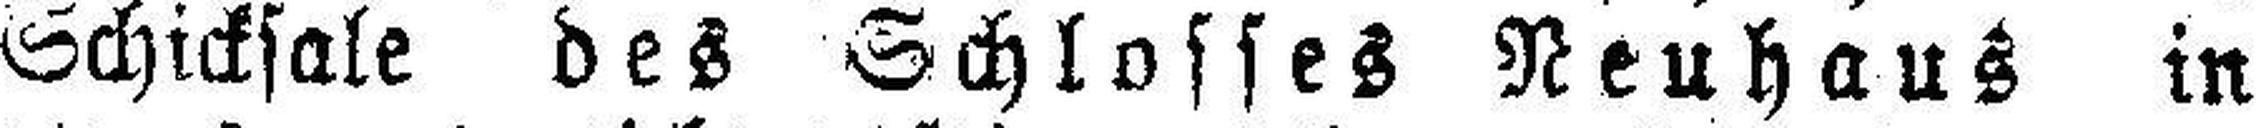
Schicksale des Schlosses Neuhaus in